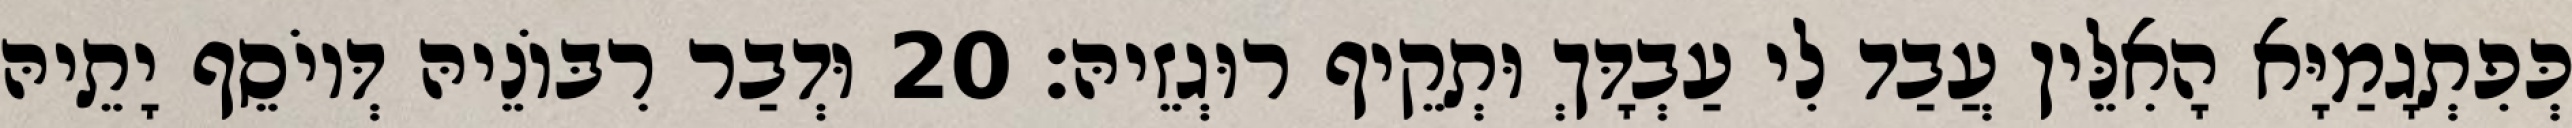
כְּפִתְגָמַיָּא הָאִלֵּין עֲבַד לִי עַבְדָּךְ וּתְקֵיף רוּגְזֵיהּ׃ 20 וּדְבַר רִבּוֹנֵיהּ דְּיוֹסֵף יָתֵיהּ